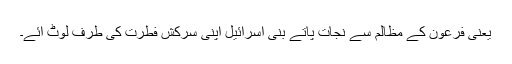
یعنی فرعون کے مظالم سے نجات پاتے بنی اسرائیل اپنی سرکش فطرت کی طرف لوٹ آئے۔